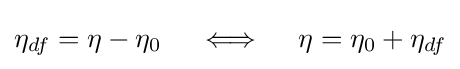
\eta _{df}=\eta -\eta _{0}\quad \iff \quad \eta =\eta _{0}+\eta _{df}